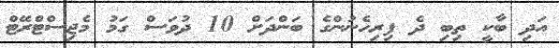
އަދި ބާކީ ތިބި ދެ ފިރިހެނުންގެ ބަންދަށް 10 ދުވަސް ގަމު މެޖިސްޓްރޭޓް